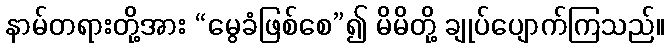
နာမ်တရားတို့အား “မွေခံဖြစ်စေ”၍ မိမိတို့ ချုပ်ပျောက်ကြသည်။